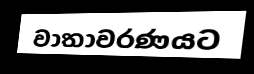
වාතාවරණයට